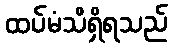
ထပ်မံသိရှိရသည်